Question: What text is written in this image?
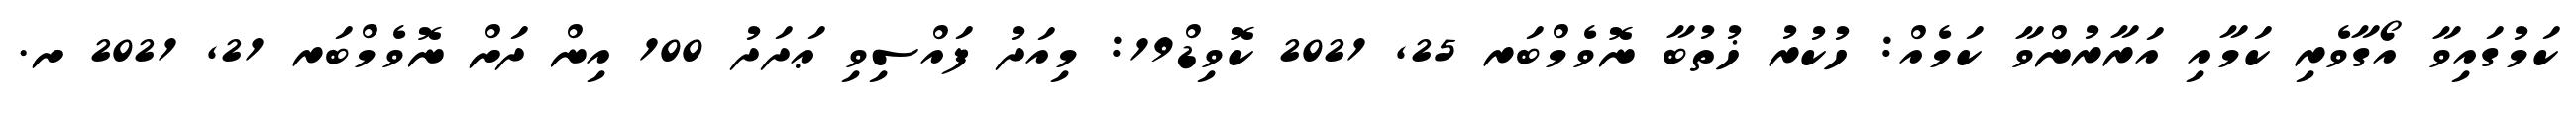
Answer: ކަމުގައިވާ އޯގާވެރި ކަމާއި އަރާރުންވާ ކަމެއް: ހުކުރު ޚުތުބާ ނޮވެމްބަރ 25, 2021 ކޮވިޑް19: މިއަދު ފައްސިވި ޢަދަދު 100 އިން ދަށް ނޮވެމްބަރ 21, 2021 ށ.